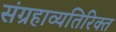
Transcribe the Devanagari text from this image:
संग्रहाव्यतिरिक्त